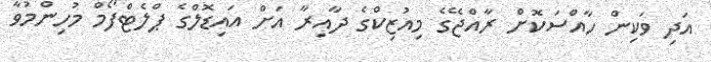
އަދި ވަކިން ހާއްސަކޮށް ރާއްޖޭގެ މިއުޒިކްގެ ދާއިރާ އަށް އައިޑޮލްގެ ޕްލެޓްފޯމް މުހިންމުވާ